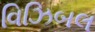
વિઝિબલ